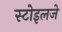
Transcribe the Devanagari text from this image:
स्टोइलजे